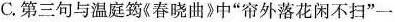
C.第三句与温庭筠《春晓曲》中”帘外落花闲不扫”一